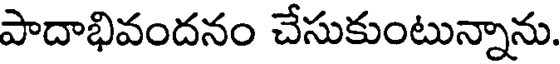
పాదాభివందనం చేసుకుంటున్నాను.